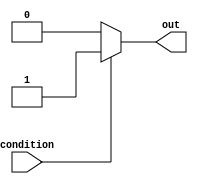
module IfElseStructure (
    input wire condition,
    output reg out
);

always @* begin
    if (condition) begin
        out <= 1;
    end else begin
        out <= 0;
    end
end

endmodule